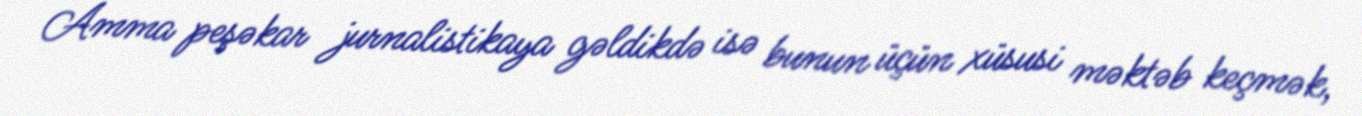
Amma peşəkar jurnalistikaya gəldikdə isə bunun üçün xüsusi məktəb keçmək,